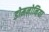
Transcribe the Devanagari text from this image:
डोमनोनिया